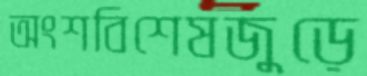
অংশবিশেষজুড়ে